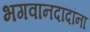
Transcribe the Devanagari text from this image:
भगवानदादांना